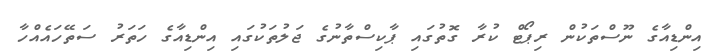
އިންޑިއާގެ ނޫސްތަކުން ރިޕޯޓް ކުރާ ގޮތުގައި ޕާކިސްތާނުގެ ޖަލުތަކުގައި އިންޑިއާގެ ހަތަރު ސަތޭހައެެއްހާ